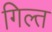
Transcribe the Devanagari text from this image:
गिल्त